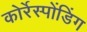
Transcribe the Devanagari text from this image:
कोर्रेस्पोंडिंग